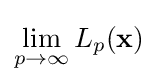
\lim _{p\to \infty }L_{p}(\mathbf {x} )